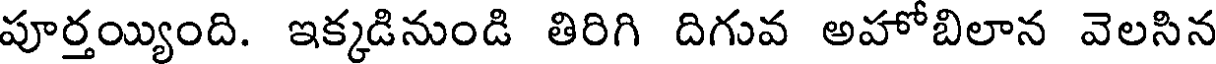
పూర్తయ్యింది. ఇక్కడినుండి తిరిగి దిగువ అహోబిలాన వెలసిన